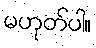
မဟုတ်ပါ။